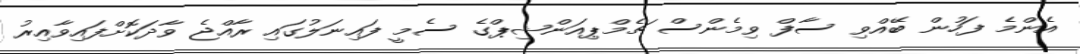
އެންމެ ފަހުން ބޭއްވި ސާފް ވިމެންސް ޗެމްޕިއަންޝިޕްގެ ސެމީ ފައިނަލުގައި ރާއްޖެ ވާދަކޮށްފައިވާއިރު